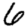
Digit: 6